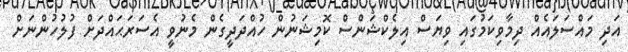
އަދި މައްސަލައެއް ދިމާވިކަމުގައި ވިޔަސް އިލެކްޝަންސް ކޮމިޝަނުން ހުއްދަދީގެން މެނުވީ އެސަރަޙައްދަށް ފުލުހުންނަށް